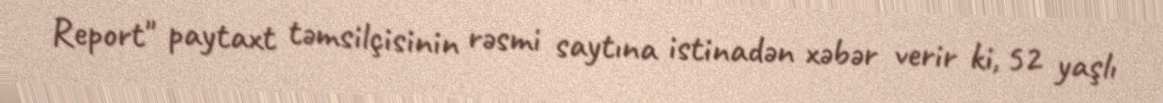
Report" paytaxt təmsilçisinin rəsmi saytına istinadən xəbər verir ki, 52 yaşlı